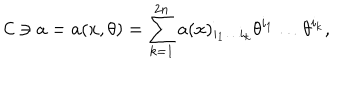
LaTeX: { \cal C } \ni a = a ( x , \theta ) = \sum _ { k = 1 } ^ { 2 n } a ( x ) _ { i _ { 1 } \ldots i _ { k } } \theta ^ { i _ { 1 } } \ldots \theta ^ { i _ { k } } ,